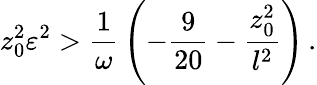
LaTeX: z_{0}^{2}\varepsilon^{2}>{\frac{1}{\omega}}\left(-{\frac{9}{20}}-{\frac{z_{0}^{2}}{l^{2}}}\right)\, .